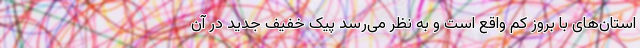
استان‌های با بروز کم واقع است و به نظر می‌رسد پیک خفیف جدید در آن